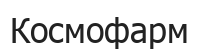
Космофарм